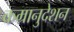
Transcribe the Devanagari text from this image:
कम्रानुदेशन